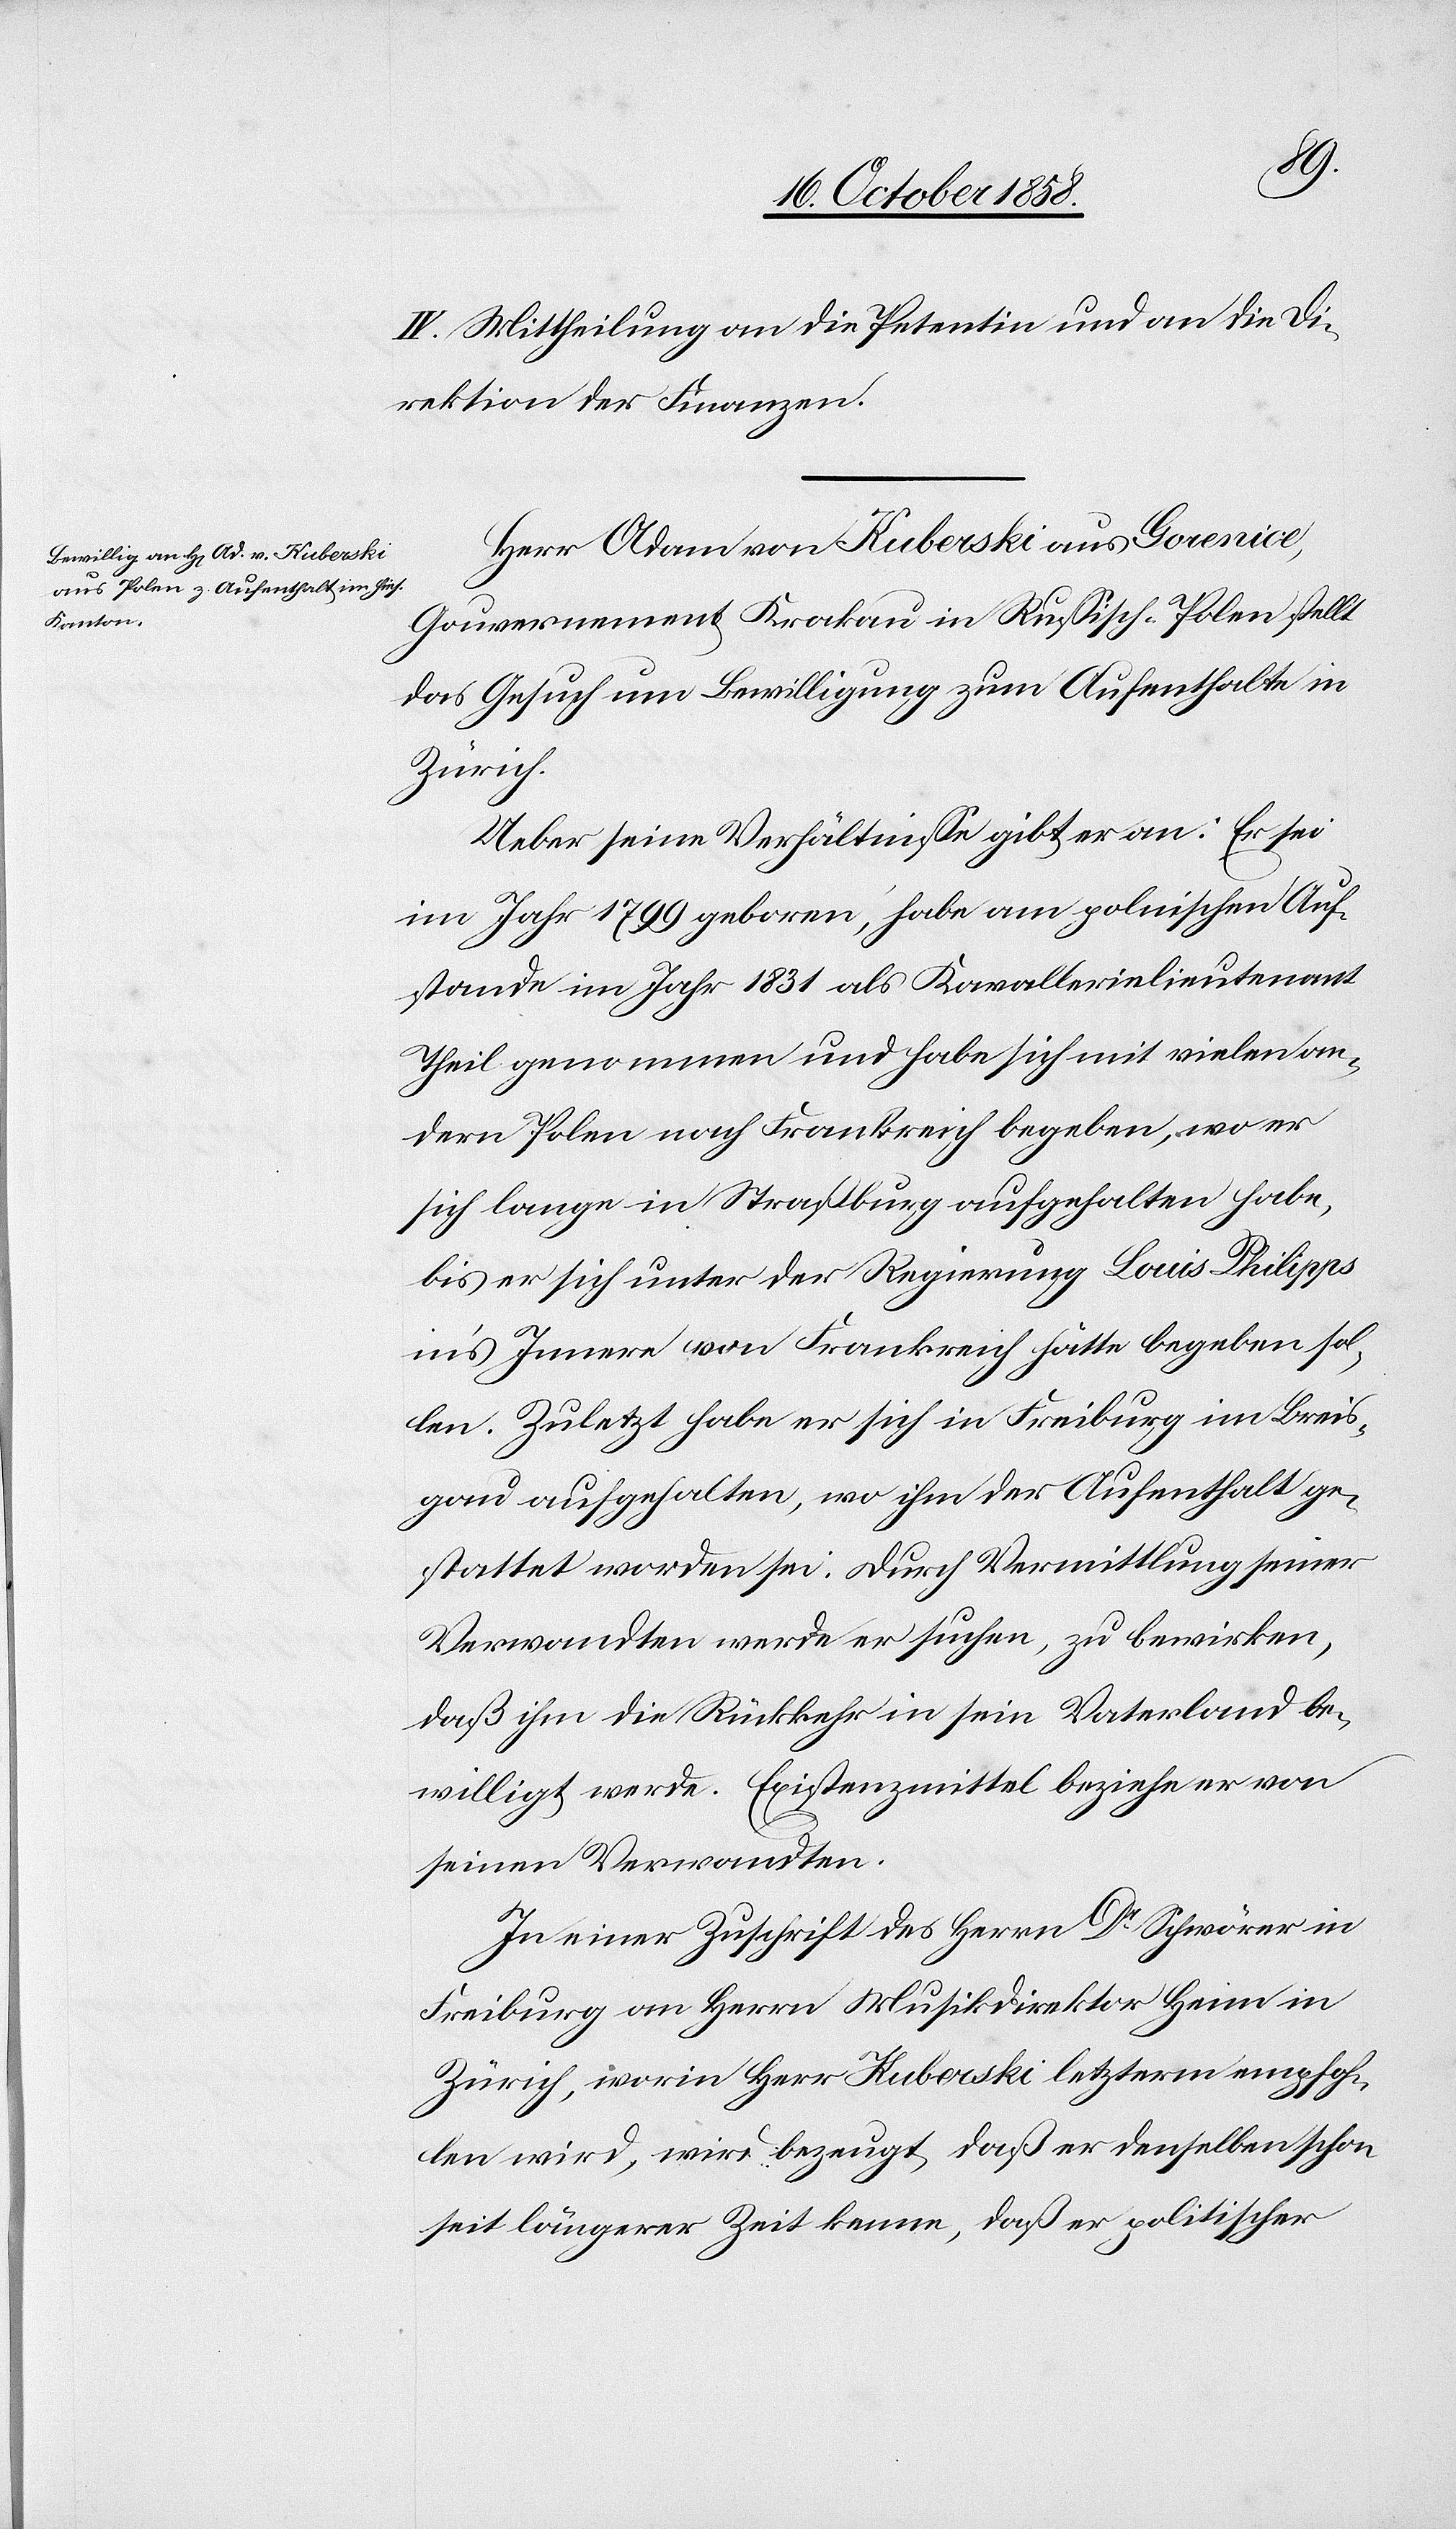
IV. Mittheilung an die Petentin und an die Di¬
rektion der Finanzen.
Herr Adam von Kuberski aus Gorenice,
Gouvernement Krakau in Russisch-Polen stellt
das Gesuch um Bewilligung zum Aufenthalte in
Zürich.
Ueber seine Verhältnisse gibt er an: Er sei
im Jahr 1799 geboren, habe am polnischen Auf¬
stande im Jahr 1831 als Kavallerielieutenant
Theil genommen und habe sich mit vielen an¬
dern Polen nach Frankreich begeben, wo er
sich lange in Straßburg aufgehalten habe,
bis er sich unter der Regierung Louis Philipps
in’s Innere von Frankreich hätte begeben sol¬
len. Zuletzt habe er sich in Freiburg im Breis¬
gau aufgehalten, wo ihm der Aufenthalt ge¬
stattet worden sei. Durch Vermittlung seiner
Verwandten werde er suchen, zu bewirken,
daß ihm die Rückkehr in sein Vaterland be¬
willigt werde. Existenzmittel beziehe er von
seinen Verwandten.
In einer Zuschrift des Herrn Dr. Schwörer in
Freiburg an Herrn Musikdirektor Heim in
Zürich, worin Herr Kuberski letzterm empfoh¬
len wird, wird bezeugt, daß er denselben schon
seit längerer Zeit kenne, daß er politischer